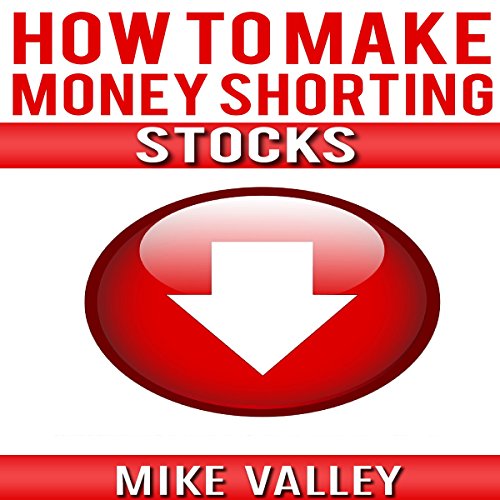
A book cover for How to Make Money Shorting Stocks; Mike Valley; Business & Money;